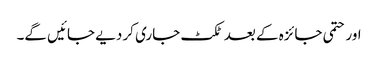
اور حتمی جائزہ کے بعد ٹکٹ جاری کر دیے جائیں گے۔